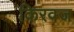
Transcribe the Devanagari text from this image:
किरवज